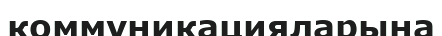
коммуникацияларына